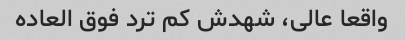
واقعا عالی، شهدش کم ترد فوق العاده